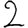
Digit: 2